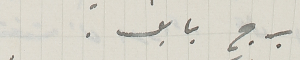
برج بابل.